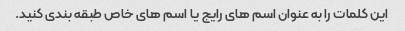
این کلمات را به عنوان اسم های رایج یا اسم های خاص طبقه بندی کنید.